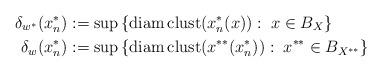
LaTeX: \begin{align*} \delta_{w^\ast}(x_{n}^\ast)&:=\sup\left\{\mathrm{diam}\,\mathrm{clust}(x_{n}^\ast(x)):\;x\in B_{X}\right\}\\ \delta_{w}(x_{n}^\ast) &:=\sup\left\{\mathrm{diam}\,\mathrm{clust}(x^{\ast\ast}(x_{n}^\ast)):\;x^{\ast\ast}\in B_{X^{\ast\ast}}\right\} \end{align*}